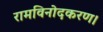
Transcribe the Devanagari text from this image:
रामविनोदकरण।